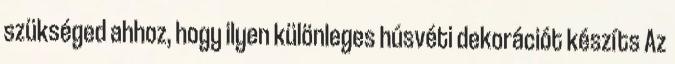
szükséged ahhoz, hogy ilyen különleges húsvéti dekorációt készíts Az